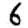
Digit: 6